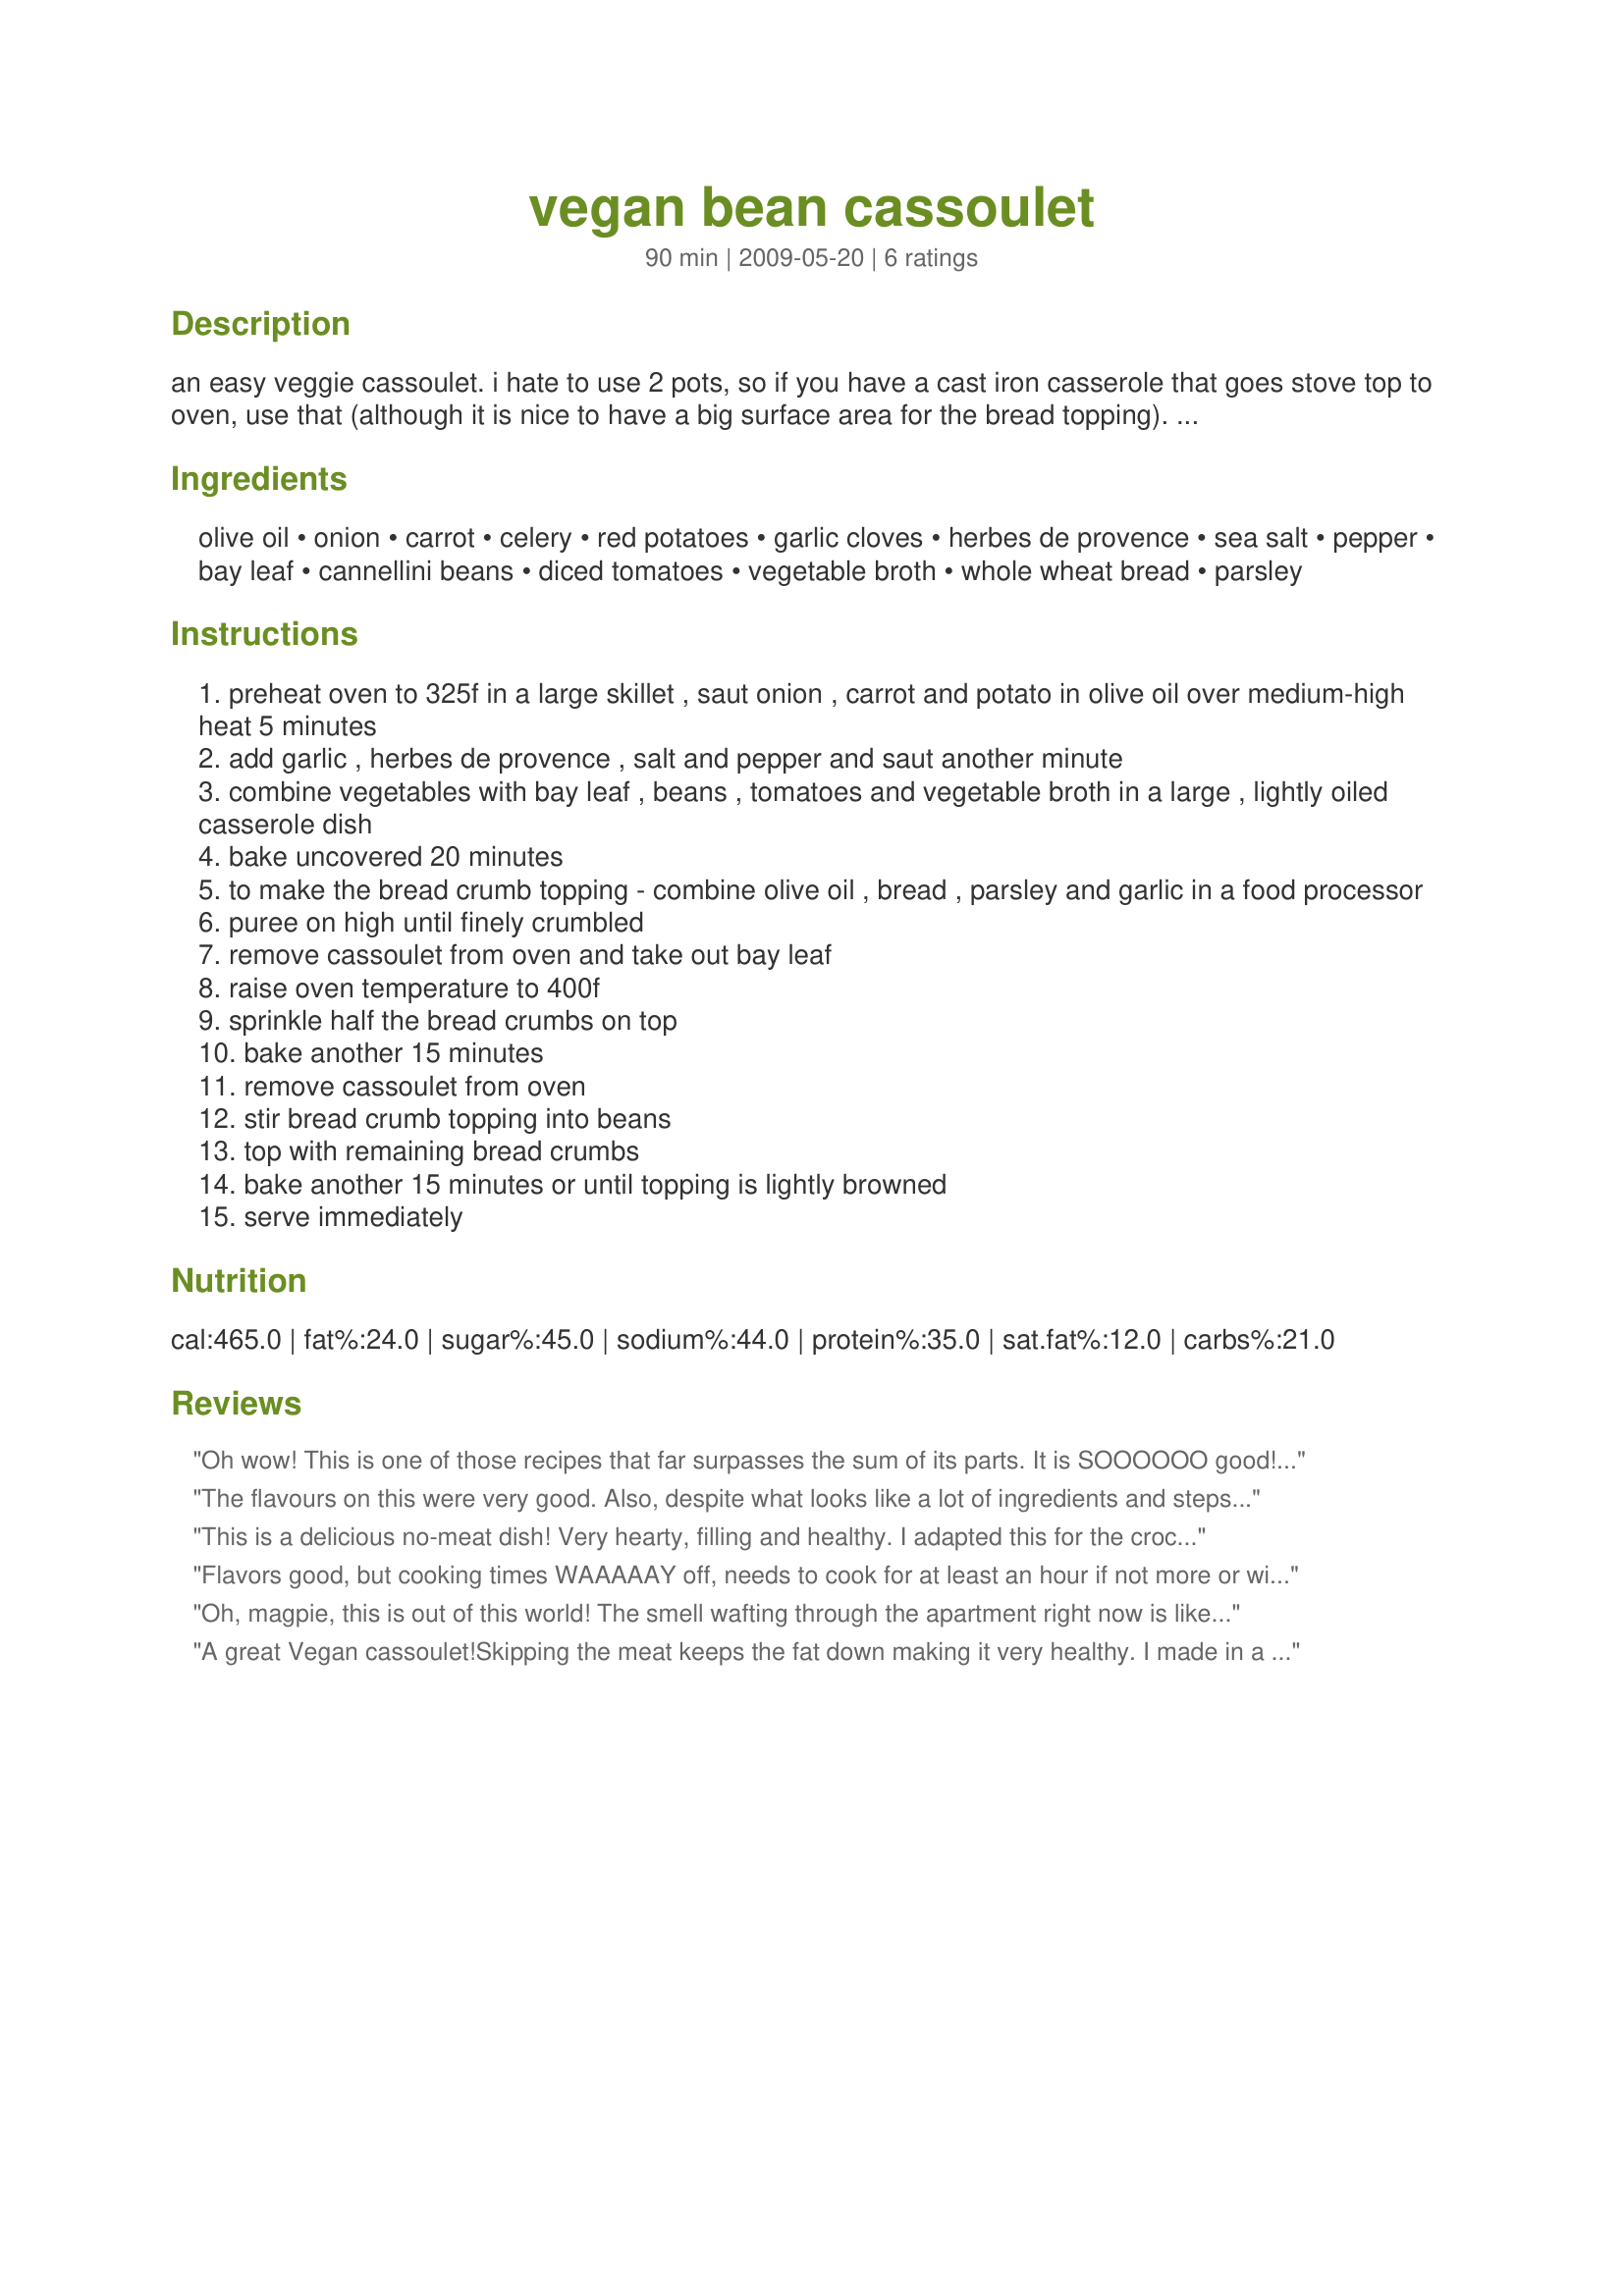
vegan bean cassoulet
Preparation time: 90 minutes

an easy veggie cassoulet. i hate to use 2 pots, so if you have a cast iron casserole that goes stove top to oven, use that (although it is nice to have a big surface area for the bread topping). update jan 2011 - i forgot to give proper credit for this recipe, i believe it came from the original moosewood cookbook, adapted from there. having made this a few times now and as one reviewer mentioned below, you could take or leave potatoes in this. it's more filling with them, but they don't add a whole lot. when including them be sure to cut in a fairly small dice because they've got to cook through in about 45 mins. if the pieces are too large they won't be done. i've really come to love this recipe though, find a nice blend of herbes de provence, it really makes it. bon apetit!

Ingredients:
olive oil, onion, carrot, celery, red potatoes, garlic cloves, herbes de provence, sea salt, pepper, bay leaf, cannellini beans, diced tomatoes, vegetable broth, whole wheat bread, parsley

Steps:
preheat oven to 325f in a large skillet , saut onion , carrot and potato in olive oil over medium-high heat 5 minutes
add garlic , herbes de provence , salt and pepper and saut another minute
combine vegetables with bay leaf , beans , tomatoes and vegetable broth in a large , lightly oiled casserole dish
bake uncovered 20 minutes
to make the bread crumb topping - combine olive oil , bread , parsley and garlic in a food processor
puree on high until finely crumbled
remove cassoulet from oven and take out bay leaf
raise oven temperature to 400f
sprinkle half the bread crumbs on top
bake another 15 minutes
remove cassoulet from oven
stir bread crumb topping into beans
top with remaining bread crumbs
bake another 15 minutes or until topping is lightly browned
serve immediately

Reviews:
Oh wow! This is one of those recipes that far surpasses the sum of its parts. It is SOOOOOO good! The only substitute I made was to use a sweet potato in place of a regular potato. And I was a little surprised at how well I could chop up bread in my blender -- worked perfectly once I poked it down a little. I used a 2.5 quart casserole dish, definitely don't go any smaller. This will serve more than four, I'm guessing 6-8. I didn't know what a cassoulet was before making this dish, but it is now the standard to which every future cassoulet I ever have will be compared! Yum yum yum!
The flavours on this were very good. Also, despite what looks like a lot of ingredients and steps it actually turned out to be pretty straight forward to do. There were only two of us. So, I did this 'two ways'. I did half of it as the original cassoulet version. Then I used the other half of the ingredients to make a soup for another meal. Both tasted very nice. Made for vegetarian swap.
This is a delicious no-meat dish! Very hearty, filling and healthy. I adapted this for the crock pot, using more seasoning, less liquid, and cutting the veggies into bigger chunks. The breadcrumb topping really made this special. Thanks for sharing your recipe! Made for ZWT8, Chefs gone WILD!
Flavors good, but cooking times WAAAAAY off, needs to cook for at least an hour if not more or will be raw.
Oh, magpie, this is out of this world! The smell wafting through the apartment right now is like walking down a street of cafes in France. Ok, well, I've never been to France, but you know what I mean! The breadcrumbs crisp up and then soak up the delicious juices, as you layer more on top to crisp as well - delicious! Thanks so much for posting this! Made for Veggie Swap 18.
A great Vegan cassoulet!<br/>Skipping the meat keeps the fat down making it very healthy. I made in a le creuset pot instead of two pots. Started sauteing the veggies and then just added the rest of the ingredients to the pot. I did add pepper flakes, a touch of adobo sauce for smokiness. I could have done without the potato. I did bake for 1 hour adding 1/2 cup red wine. Used 3 celery ribs. Thanks for my last day of the year healthy eats!
